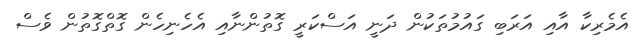
އެމެރިކާ އާއި އަރަބި ގައުމުތަކުން ދަނީ އަސްކަރީ ގޮތުންނާއި އެހެނިހެން ގޮތްގޮތުން ވެސް